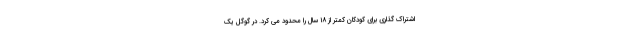
اشتراک گذاری برای کودکان کمتر از ۱۸ سال را محدود می کرد. در گوگل یک